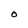
Character: 0